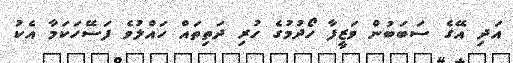
އަދި އޭގެ ސަބަބުން ވަޒީފާ ހޯދުމުގެ ހުރި ދަތިތައް ހައްލުވެ ފަސޭހަކަމާ އެކު